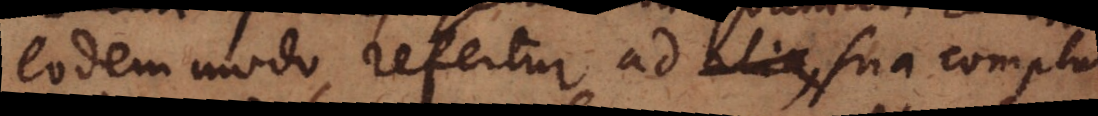
eodem modo refertur ad sua complura,